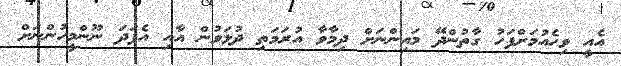
އެއީ ވިހެއުމަށްފަހު ގާތުންދޭ މައިންނަށް ދިމާވާ އުރަމަތި ދުޅަވުން އާއި އެފަދަ ނޫންމީހުންނަށް